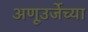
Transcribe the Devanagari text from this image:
अणूउर्जेच्या